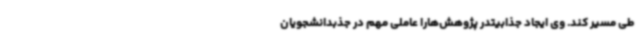
طی مسیر کند. وی ایجاد جذابیتدر پژوهش‌هارا عاملی مهم در جذبدانشجویان